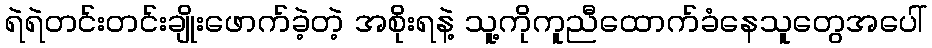
ရဲရဲတင်းတင်းချိုးဖောက်ခဲ့တဲ့ အစိုးရနဲ့ သူ့ကိုကူညီထောက်ခံနေသူတွေအပေါ်